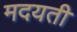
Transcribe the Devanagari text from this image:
मदयती